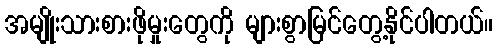
အမျိုးသားစားဖိုမှုးတွေကို များစွာမြင်တွေ့နိုင်ပါတယ်။